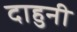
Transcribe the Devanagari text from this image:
दाहुनी